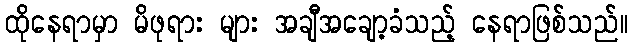
ထိုနေရာမှာ မိဖုရား များ အချီအချော့ခံသည့် နေရာဖြစ်သည်။